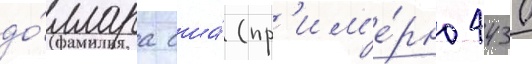
до́ллара сша́ (пр'им'е́рно 4430